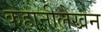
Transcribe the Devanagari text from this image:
कहानीलेखन